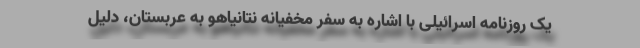
یک روزنامه اسرائیلی با اشاره به سفر مخفیانه نتانیاهو به عربستان، دلیل